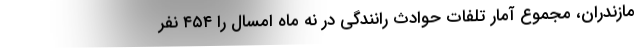
مازندران، مجموع آمار تلفات حوادث رانندگی در نه ماه امسال را ۴۵۴ نفر